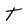
Character: T